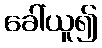
ခေါ်ယူ၍